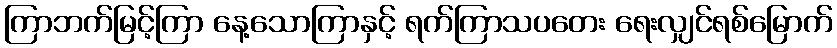
ကြာဘက်မြင့်ကြာ နေ့သောကြာနှင့် ရက်ကြာသပတေး ရေးလျှင်ရစ်မြောက်